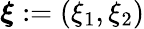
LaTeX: \boldsymbol{\xi}:=(\xi_{1},\xi_{2})